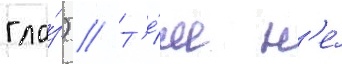
гла́з) // Т'е́м н'е́